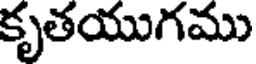
కృతయుగము